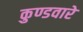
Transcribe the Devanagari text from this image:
कुण्डवारे